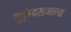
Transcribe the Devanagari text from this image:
मुकुंदराजाला